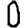
Digit: 0